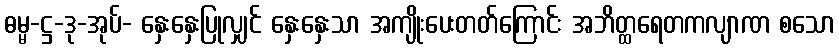
ဓမ္မ-ဋ္ဌ-ဒု-အုပ်- နှေးနှေးပြုလျှင် နှေးနှေးသာ အကျိုးပေးတတ်ကြောင်း အဘိတ္ထရေတကလျာဏ စသော